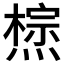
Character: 𤏇